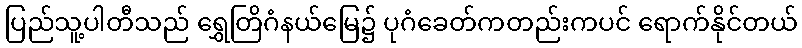
ပြည်သူ့ပါတီသည် ရွှေတြိဂံနယ်မြေ၌ ပုဂံခေတ်ကတည်းကပင် ရောက်နိုင်တယ်